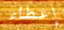
إعطاء